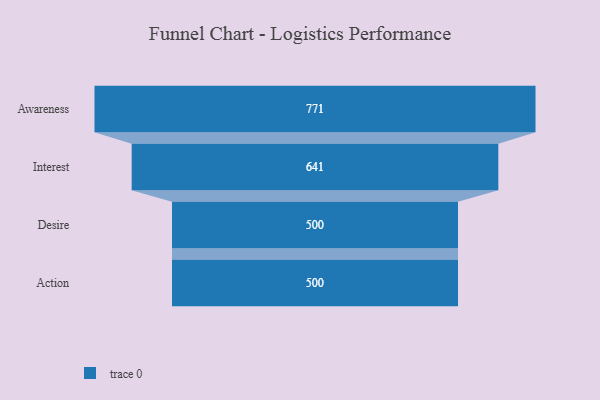
{"axis": {"x": "Stage", "y": "Value"}, "legend": [""], "data": [{"x": "Awareness", "y": 771.0, "type": ""}, {"x": "Interest", "y": 641.0, "type": ""}, {"x": "Desire", "y": 500, "type": ""}, {"x": "Action", "y": 500, "type": ""}]}